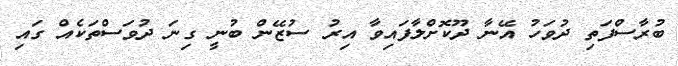
ބުރާސްފަތި ދުވަހު އޭނާ ދޫކޮށްލާފައިވާ އިރު ސުޒޭން ބުނީ ގިނަ ދުވަސްތަކެއް ގައި